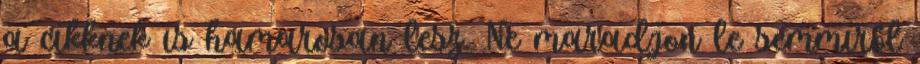
a cikknek is hamarosan lesz. Ne maradjon le semmiről